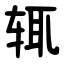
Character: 辄